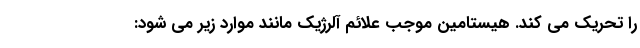
را تحریک می کند. هیستامین موجب علائم آلرژیک مانند موارد زیر می شود: